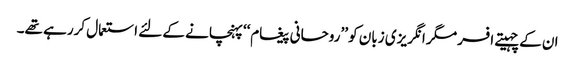
ان کے چہیتے افسر مگر انگریزی زبان کو ’’روحانی پیغام‘‘ پہنچانے کے لئے استعمال کررہے تھے۔